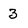
Character: 3